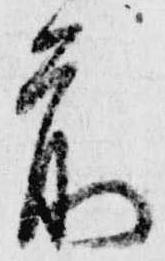
前